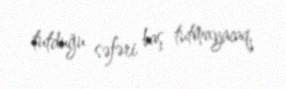
tutduğu səfəri baş tutmayacaq.